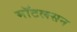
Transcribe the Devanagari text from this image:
मॉटलसन